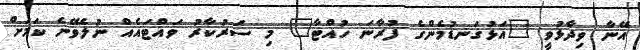
އޭނާ ވިދާޅުވީ "އަޅުގަނޑުމެންގެ ފުރާނަ ހުއްޓާ" މި ސަރުކާރު ވައްޓައެއް ނުލެވޭނެ ކަމަށް